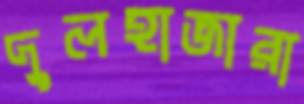
দুলহাজারা